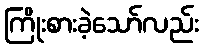
ကြိုးစားခဲ့သော်လည်း